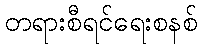
တရားစီရင်ရေးစနစ်